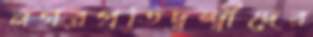
নগরপ্রতিদ্বন্দ্বীদের